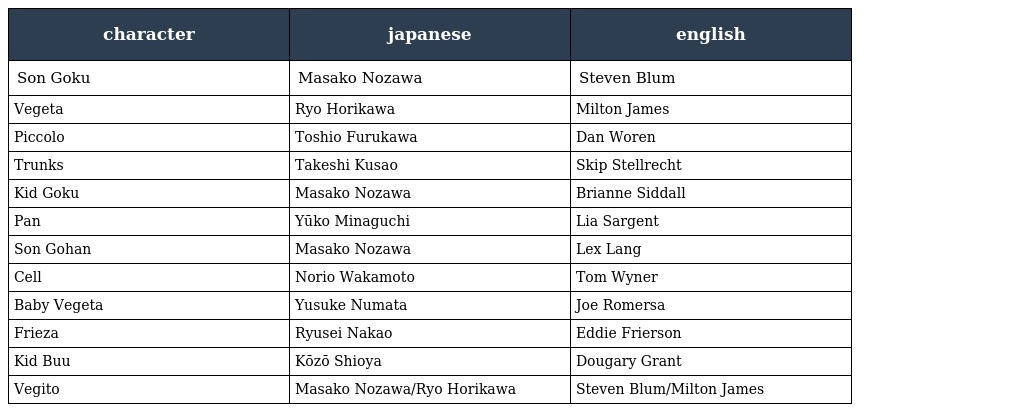
| character | japanese | english |
 | --- | --- | --- |
 | Son Goku | Masako Nozawa | Steven Blum |
 | Vegeta | Ryo Horikawa | Milton James |
 | Piccolo | Toshio Furukawa | Dan Woren |
 | Trunks | Takeshi Kusao | Skip Stellrecht |
 | Kid Goku | Masako Nozawa | Brianne Siddall |
 | Pan | Yūko Minaguchi | Lia Sargent |
 | Son Gohan | Masako Nozawa | Lex Lang |
 | Cell | Norio Wakamoto | Tom Wyner |
 | Baby Vegeta | Yusuke Numata | Joe Romersa |
 | Frieza | Ryusei Nakao | Eddie Frierson |
 | Kid Buu | Kōzō Shioya | Dougary Grant |
 | Vegito | Masako Nozawa/Ryo Horikawa | Steven Blum/Milton James |